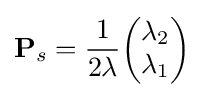
\mathbf {P} _{s}={\frac {1}{2\lambda }}{\begin{pmatrix}\lambda _{2}\\\lambda _{1}\end{pmatrix}}